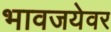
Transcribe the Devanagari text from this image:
भावजयेवर